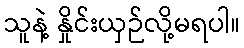
သူနဲ့ နှိုင်းယှဉ်လို့မရပါ။